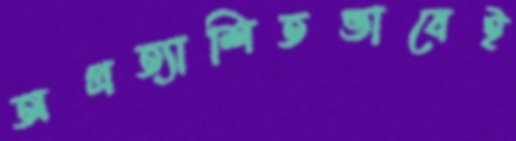
অপ্রত্যাশিতভাবেই